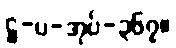
ဋ္ဌ-ပ-အုပ်-၃၆၇။